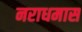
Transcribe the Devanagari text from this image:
नराधमास